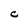
Character: C